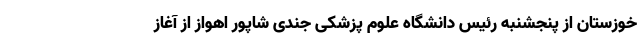
خوزستان از پنجشنبه رئیس دانشگاه علوم پزشکی جندی شاپور اهواز از آغاز